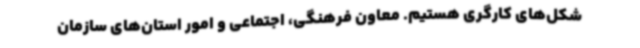
شکل‌های کارگری هستیم. معاون فرهنگی، اجتماعی و امور استان‌های سازمان